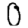
Digit: 0